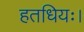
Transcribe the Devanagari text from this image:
हतधियः।